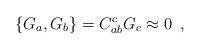
LaTeX: \begin{align*}\{ G_a,G_b\} =C _{ab}^c G_c\approx 0\,\,\, ,\end{align*}